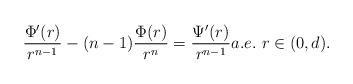
LaTeX: \begin{align*}\frac{\Phi^\prime(r)}{r^{n-1}} - (n-1)\frac{\Phi(r)}{r^{n}} = \frac{\Psi^\prime(r)}{r^{n-1}} a.e.\ r\in(0,d).\end{align*}